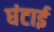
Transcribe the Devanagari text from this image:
घंटाई